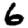
Digit: 6